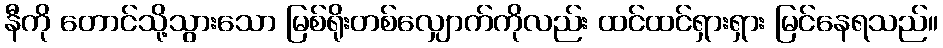
နီကို တောင်သို့သွားသော မြစ်ရိုးတစ်လျှောက်ကိုလည်း ထင်ထင်ရှားရှား မြင်နေရသည်။